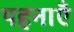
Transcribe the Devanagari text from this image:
पहनाऍं